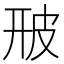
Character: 𤿐